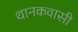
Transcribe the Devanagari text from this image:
थानकवासी